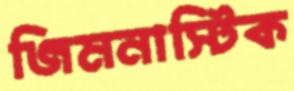
জিমনাস্টিক